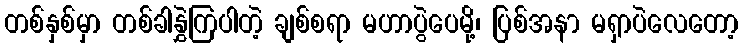
တစ်နှစ်မှာ တစ်ခါနွှဲကြပါတဲ့ ချစ်စရာ မဟာပွဲပေမို့၊ ပြစ်အနာ မရှာပဲလေတော့